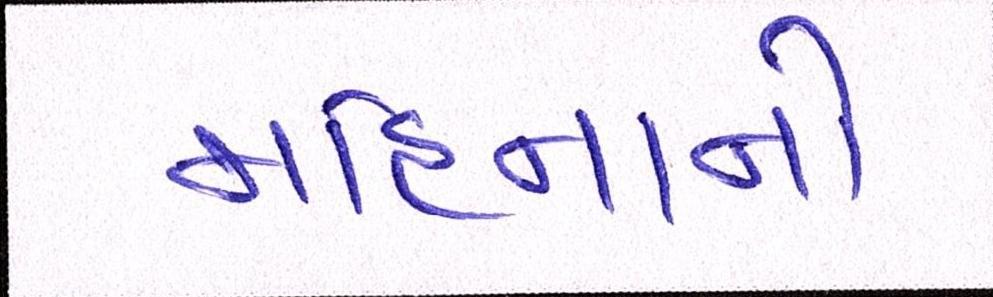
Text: મહિનાનો